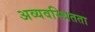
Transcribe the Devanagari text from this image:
अव्यवस्थितता